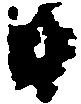
日